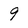
Character: 9